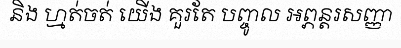
និង ហ្មត់ចត់ យើង គួរតែ បញ្ចូល អព្ភន្តរសញ្ញា